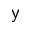
\mathsf { y }